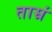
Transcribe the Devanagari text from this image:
ताम्रं